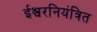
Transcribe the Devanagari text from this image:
ईश्वरनियंत्रित